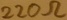
Text: 220Ω